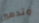
وتدمير